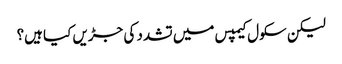
لیکن سکول کیمپس میں تشدد کی جڑیں کیا ہیں؟